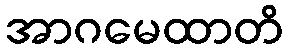
အာဂမေထာတိ